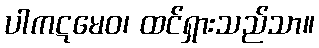
ပါကဋမေဝ၊ ထင်ရှားသည်သာ။